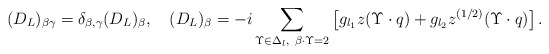
\begin{align*}(D_L)_{\beta \gamma}= \delta_{\beta, \gamma}(D_L)_{\beta},\quad (D_L)_{\beta}=-i\sum_{\Upsilon\in\Delta_l,\ \beta\cdot\Upsilon=2}\left[g_{l_1}z(\Upsilon\cdot q) +g_{l_2}z^{(1/2)}(\Upsilon\cdot q)\right]. \end{align*}